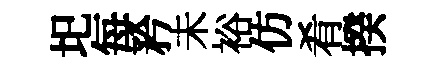
圯每矜未裕仿肴揆